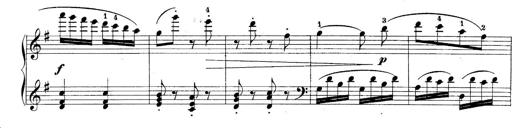
Title: 10 Sonatines progressives
Composer: Anton Schmoll